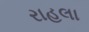
રાહલા